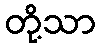
တို့သာ